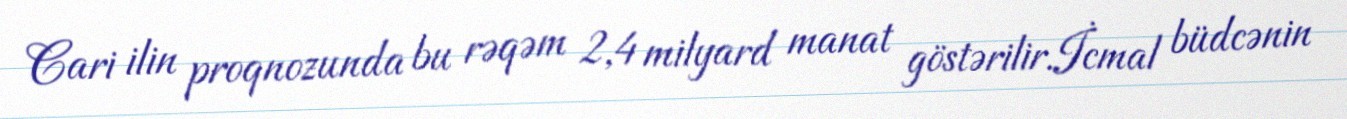
Cari ilin proqnozunda bu rəqəm 2,4 milyard manat göstərilir.İcmal büdcənin